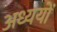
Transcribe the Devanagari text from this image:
अध्ययों